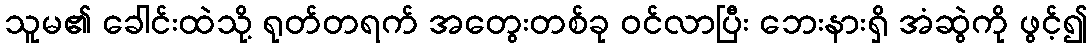
သူမ၏ ခေါင်းထဲသို့ ရုတ်တရက် အတွေးတစ်ခု ဝင်လာပြီး ဘေးနားရှိ အံဆွဲကို ဖွင့်၍